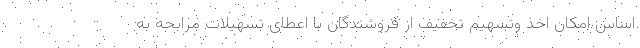
اساس امکان اخذ وتسهیم تخفیف از فروشندگان با اعطای تسهیلات مرابحه به